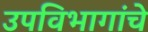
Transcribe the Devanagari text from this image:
उपविभागांचे